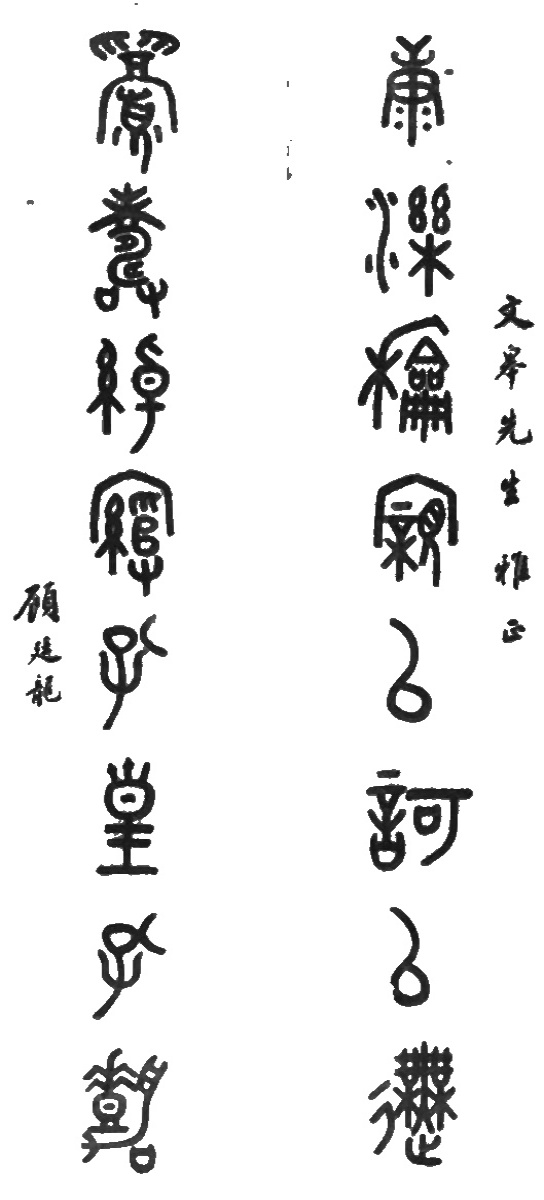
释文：康乐和亲以歌以舞，眉寿绰绾孔皇孔嘉。文皋先生雅正。顾廷龙。